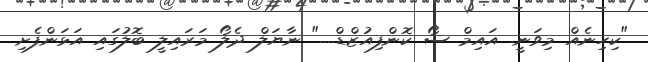
"ކިހިނެއް މިވަނީ. އައިމް ސޯ ކޮންފިއުޒްޑް...." ނާޔަލް ދެލޯ މަރައިލީ ބޮލުގައި އަޅަންފެށި